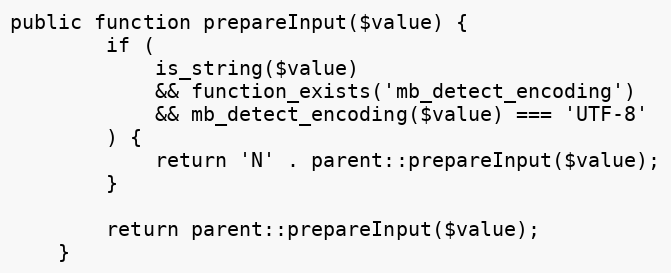
Language: PHP
public function prepareInput($value) {
		if (
			is_string($value)
			&& function_exists('mb_detect_encoding')
			&& mb_detect_encoding($value) === 'UTF-8'
		) {
			return 'N' . parent::prepareInput($value);
		}

		return parent::prepareInput($value);
	}